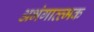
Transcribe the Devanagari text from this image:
अभंगात्त्मक